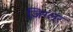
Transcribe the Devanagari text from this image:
ज़िग्लर